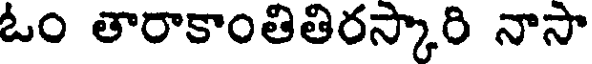
ఓం తారాకాంతితిరస్కారి నాసా